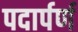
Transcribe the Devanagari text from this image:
पदार्पर्ण